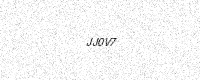
Text: JJ0V7